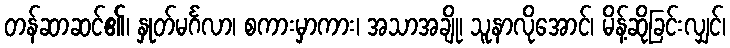
တန်ဆာဆင်၏၊ နှုတ်မင်္ဂလာ၊ စကားမှာကား၊ အသာအချို၊ သူနာလိုအောင်၊ မိန့်ဆိုခြင်းလျှင်၊